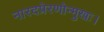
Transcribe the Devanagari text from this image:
नारदप्रेरणोन्मुखः।